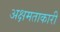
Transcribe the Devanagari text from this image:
अक्षमताकारी